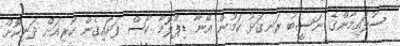
ސުލައިމާންގެ ނަސީބު ރަނގަޅު ކަމުން އޭނާ ޑިޕްލޮމާ ކޯސް ފަށައިގެން ކުރިއަށް ދަނިކޮށް